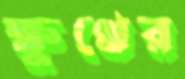
ক্ষুণ্নের